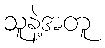
သူနဲ့အတူ